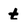
Character: t